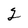
Character: 2